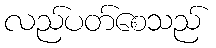
လည်ပတ်စေသည်